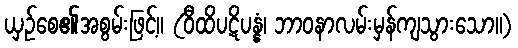
ယှဉ်စေ၏အစွမ်းဖြင့်။ (ဝီထိပဋိပန္နံ၊ ဘာဝနာလမ်းမှန်ကျသွားသော။)